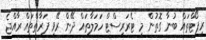
ރިޕޯޓްތައް ބުނާ ގޮތުން މި ޓެރަރިސްޓް ހަމަލާތައް ދޭން ރޭވި ފަރާތްތައް ރާއްޖެ